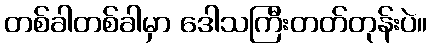
တစ်ခါတစ်ခါမှာ ဒေါသကြီးတတ်တုန်းပဲ။